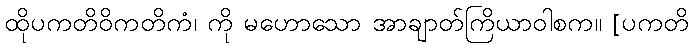
ထိုပကတိဝိကတိကံ၊ ကို မဟောသော အာချာတ်ကြိယာဝါစက။ [ပကတိ